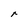
Character: r